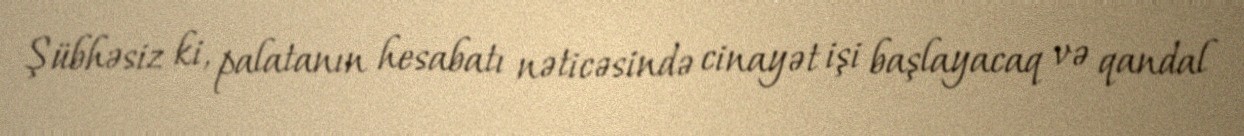
Şübhəsiz ki, palatanın hesabatı nəticəsində cinayət işi başlayacaq və qandal